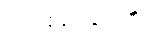
ဖိတ်စဉ်သွား၏။